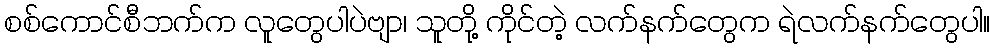
စစ်ကောင်စီဘက်က လူတွေပါပဲဗျာ၊ သူတို့ ကိုင်တဲ့ လက်နက်တွေက ရဲလက်နက်တွေပါ။